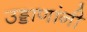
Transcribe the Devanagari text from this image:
उड्डाणांनी